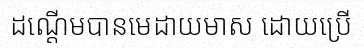
ដណ្តើមបានមេដាយមាស ដោយប្រើ